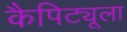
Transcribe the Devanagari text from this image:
कैपिट्यूला